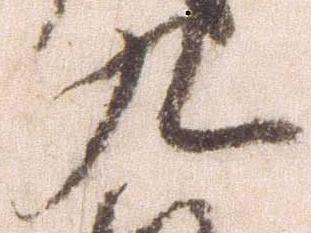
九